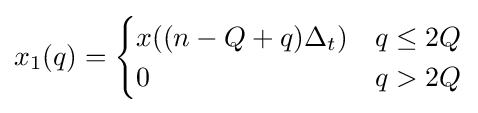
x_{1}(q)={\begin{cases}x((n-Q+q)\Delta _{t})&q\leq 2Q\\0&q>2Q\end{cases}}